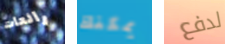
رائعات يمكنك لدفع